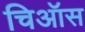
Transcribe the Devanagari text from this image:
चिऑस